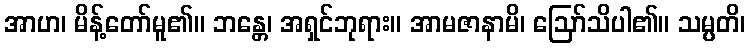
အာဟ၊ မိန့်တော်မူ၏။ ဘန္တေ၊ အရှင်ဘုရား။ အာမဇာနာမိ၊ ဩော်သိပါ၏။ သမ္ပတိ၊